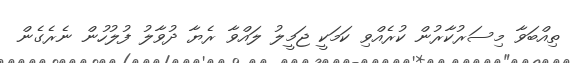
ތިއްބަވާ މިސަރުކާރުން ކުރެއްވި ކަމަކީ ޖަމީލު ލައްވާ ރެޔާ ދުވާލު ފުލުހުން ނެރެގެން